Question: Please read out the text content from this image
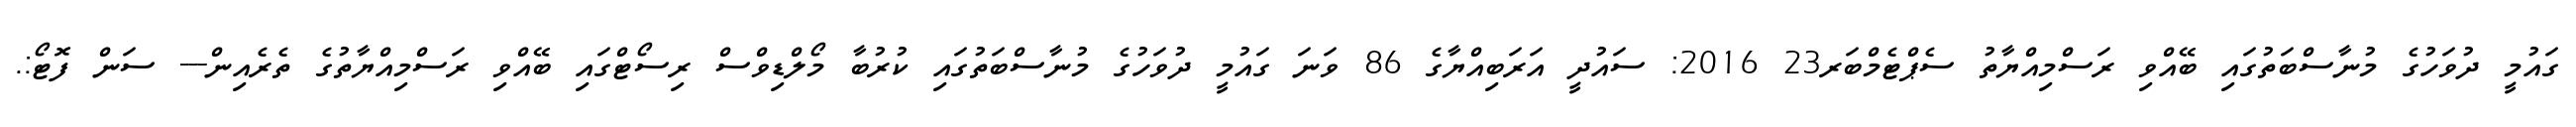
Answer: ގައުމީ ދުވަހުގެ މުނާސްބަތުގައި ބޭއްވި ރަސްމިއްޔާތު ސެޕްޓެމްބަރ23 2016: ސައުދީ އަރަބިއްޔާގެ 86 ވަނަ ގައުމީ ދުވަހުގެ މުނާސްބަތުގައި ކުރުބާ މޯލްޑިވްސް ރިސޯޓްގައި ބޭއްވި ރަސްމިއްޔާތުގެ ތެރެއިން--- ސަން ފޮޓޯ:.